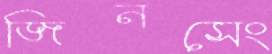
জিনসেং